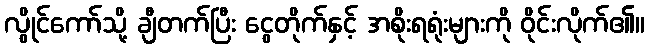
လွိုင်ကော်သို့ ချီတက်ပြီး ငွေတိုက်နှင့် အစိုးရရုံးများကို ဝိုင်းလိုက်၏။